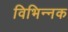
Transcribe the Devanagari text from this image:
विभिन्नक